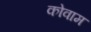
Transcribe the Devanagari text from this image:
कोवाम